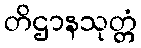
တိဌာနသုတ္တံ